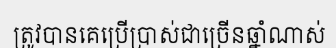
ត្រូវបានគេប្រើប្រាស់ជាច្រើនឆ្នាំណាស់